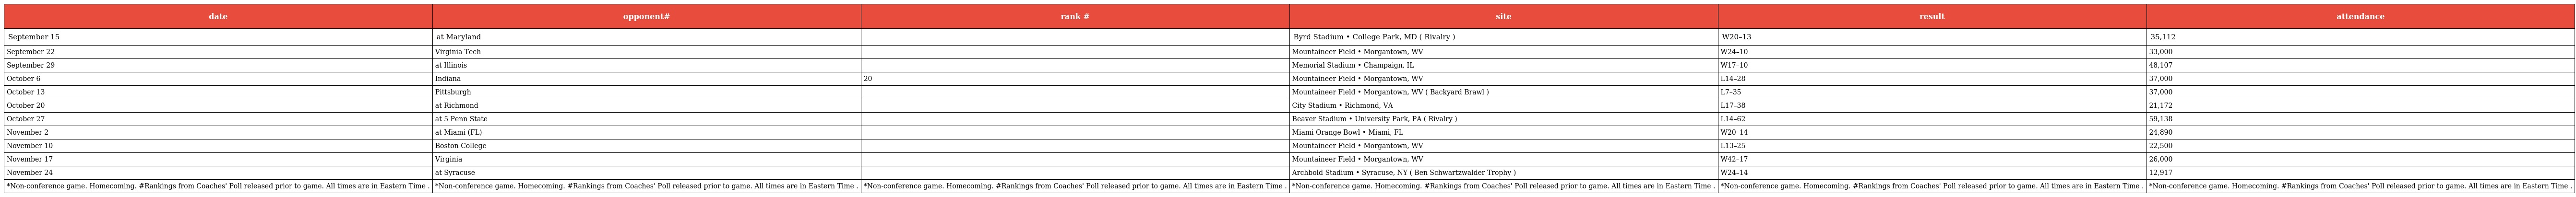
| date | opponent# | rank # | site | result | attendance |
 | --- | --- | --- | --- | --- | --- |
 | September 15 | at Maryland |  | Byrd Stadium • College Park, MD ( Rivalry ) | W20–13 | 35,112 |
 | September 22 | Virginia Tech |  | Mountaineer Field • Morgantown, WV | W24–10 | 33,000 |
 | September 29 | at Illinois |  | Memorial Stadium • Champaign, IL | W17–10 | 48,107 |
 | October 6 | Indiana | 20 | Mountaineer Field • Morgantown, WV | L14–28 | 37,000 |
 | October 13 | Pittsburgh |  | Mountaineer Field • Morgantown, WV ( Backyard Brawl ) | L7–35 | 37,000 |
 | October 20 | at Richmond |  | City Stadium • Richmond, VA | L17–38 | 21,172 |
 | October 27 | at 5 Penn State |  | Beaver Stadium • University Park, PA ( Rivalry ) | L14–62 | 59,138 |
 | November 2 | at Miami (FL) |  | Miami Orange Bowl • Miami, FL | W20–14 | 24,890 |
 | November 10 | Boston College |  | Mountaineer Field • Morgantown, WV | L13–25 | 22,500 |
 | November 17 | Virginia |  | Mountaineer Field • Morgantown, WV | W42–17 | 26,000 |
 | November 24 | at Syracuse |  | Archbold Stadium • Syracuse, NY ( Ben Schwartzwalder Trophy ) | W24–14 | 12,917 |
 | *Non-conference game. Homecoming. #Rankings from Coaches' Poll released prior to game. All times are in Eastern Time . | *Non-conference game. Homecoming. #Rankings from Coaches' Poll released prior to game. All times are in Eastern Time . | *Non-conference game. Homecoming. #Rankings from Coaches' Poll released prior to game. All times are in Eastern Time . | *Non-conference game. Homecoming. #Rankings from Coaches' Poll released prior to game. All times are in Eastern Time . | *Non-conference game. Homecoming. #Rankings from Coaches' Poll released prior to game. All times are in Eastern Time . | *Non-conference game. Homecoming. #Rankings from Coaches' Poll released prior to game. All times are in Eastern Time . |